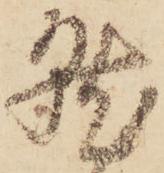
就